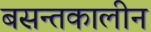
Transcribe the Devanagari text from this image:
बसन्तकालीन